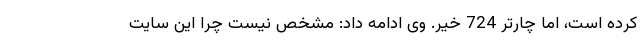
کرده است، اما چارتر 724 خیر. وی ادامه داد: مشخص نیست چرا این سایت